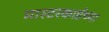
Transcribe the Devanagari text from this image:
मास्टरकार्डच्या